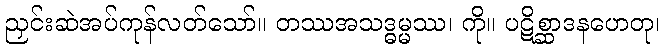
ညှင်းဆဲအပ်ကုန်လတ်သော်။ တဿအသဒ္ဓမ္မဿ၊ ကို။ ပဋိစ္ဆာဒနဟေတု၊